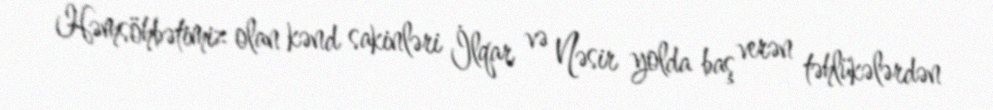
Həmsöhbətimiz olan kənd sakinləri İlqar və Nəsir yolda baş verən təhlükələrdən